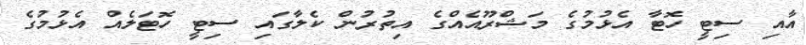
އާއި ސިޓީ ހޮޓާ އެޅުމުގެ މަޝްރޫއެއްގެ އިތުރުން ކެލާގައި ސިޓީ ހޮޓަލެއް އެޅުމުގެ